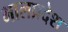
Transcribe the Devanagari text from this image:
भालप्रदेश